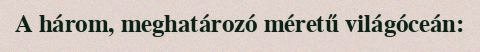
A három, meghatározó méretű világóceán: